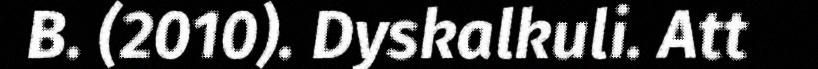
B. (2010). Dyskalkuli. Att